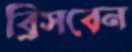
ব্রিসবেন